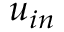
u _ { i n }